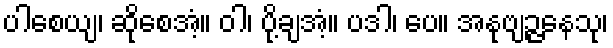
ပါစေယျ၊ ဆိုစေအံ့။ ဝါ၊ ပို့ချအံ့။ ပဒါ၊ ပေ။ အနုဗျဉ္ဇနေသု၊